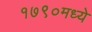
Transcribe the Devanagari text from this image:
१७९०मध्ये